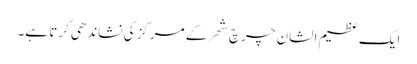
ایک عظیم الشان چرچ شھر کے مرکز کی نشاندھی کرتا ہے۔